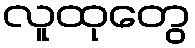
လူထုတွေ